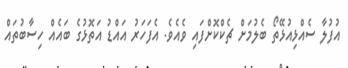
އުފުލާ ސެއްޅިއުޅޭތޯ ބެލުމަށް ޗެކްކޮށްފައި ވެއެވެ. އެފަހަރު އައްޑު އަތޮޅުގެ ބައެއް ހިސާބުތައް